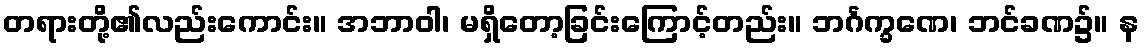
တရားတို့၏လည်းကောင်း။ အဘာဝါ၊ မရှိတော့ခြင်းကြောင့်တည်း။ ဘင်္ဂက္ခဏေ၊ ဘင်ခဏ၌။ န